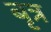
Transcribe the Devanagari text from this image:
बृत्र